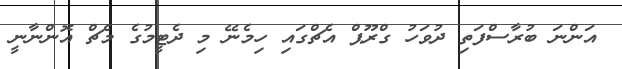
އަންނަ ބުރާސްފަތި ދުވަހު ގްރޫޕް އެޗްގައި ހިމެނޭ މި ދެޓީމުގެ މެޗް އޮންނާނީ